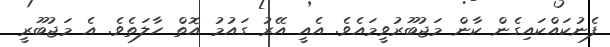
ފެނުކައްކައިގެން ކާން މަޖުބޫރުވީމައެވެ. އެއީ އޭރު ގައުމު އޮތް ހާލަތެވެ. އެ މަޖުބޫރީ